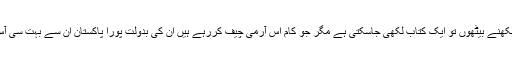
پاک آرمی پر اگر لکھنے بیٹھوں تو ایک کتاب لکھی جاسکتی ہے مگر جو کام اس آرمی چیف کررہے ہیں ان کی بدولت پورا پاکستان ان سے بہت سی آس لگائے بیٹھا ہے۔